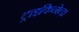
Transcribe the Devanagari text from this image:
ट्राइकिनेला